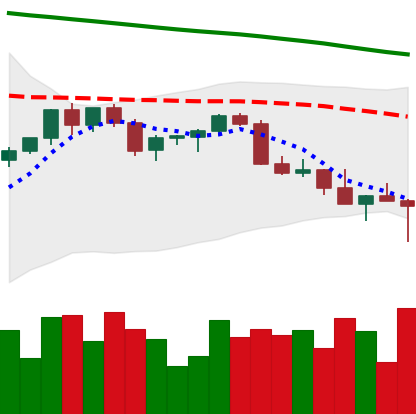
Ticker: XMR-USD
Chart end date: 2022-02-24
Forward return: 20.744%
Label: up_7plus